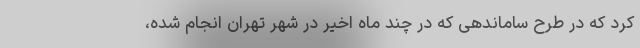
کرد که در طرح ساماندهی که در چند ماه اخیر در شهر تهران انجام شده،